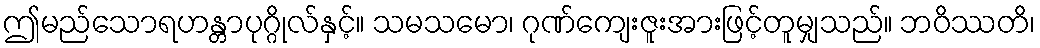
ဤမည်သောရဟန္တာပုဂ္ဂိုလ်နှင့်။ သမသမော၊ ဂုဏ်ကျေးဇူးအားဖြင့်တူမျှသည်။ ဘဝိဿတိ၊